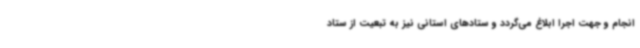
انجام و جهت اجرا ابلاغ می‌گردد و ستادهای استانی نیز به تبعیت از ستاد